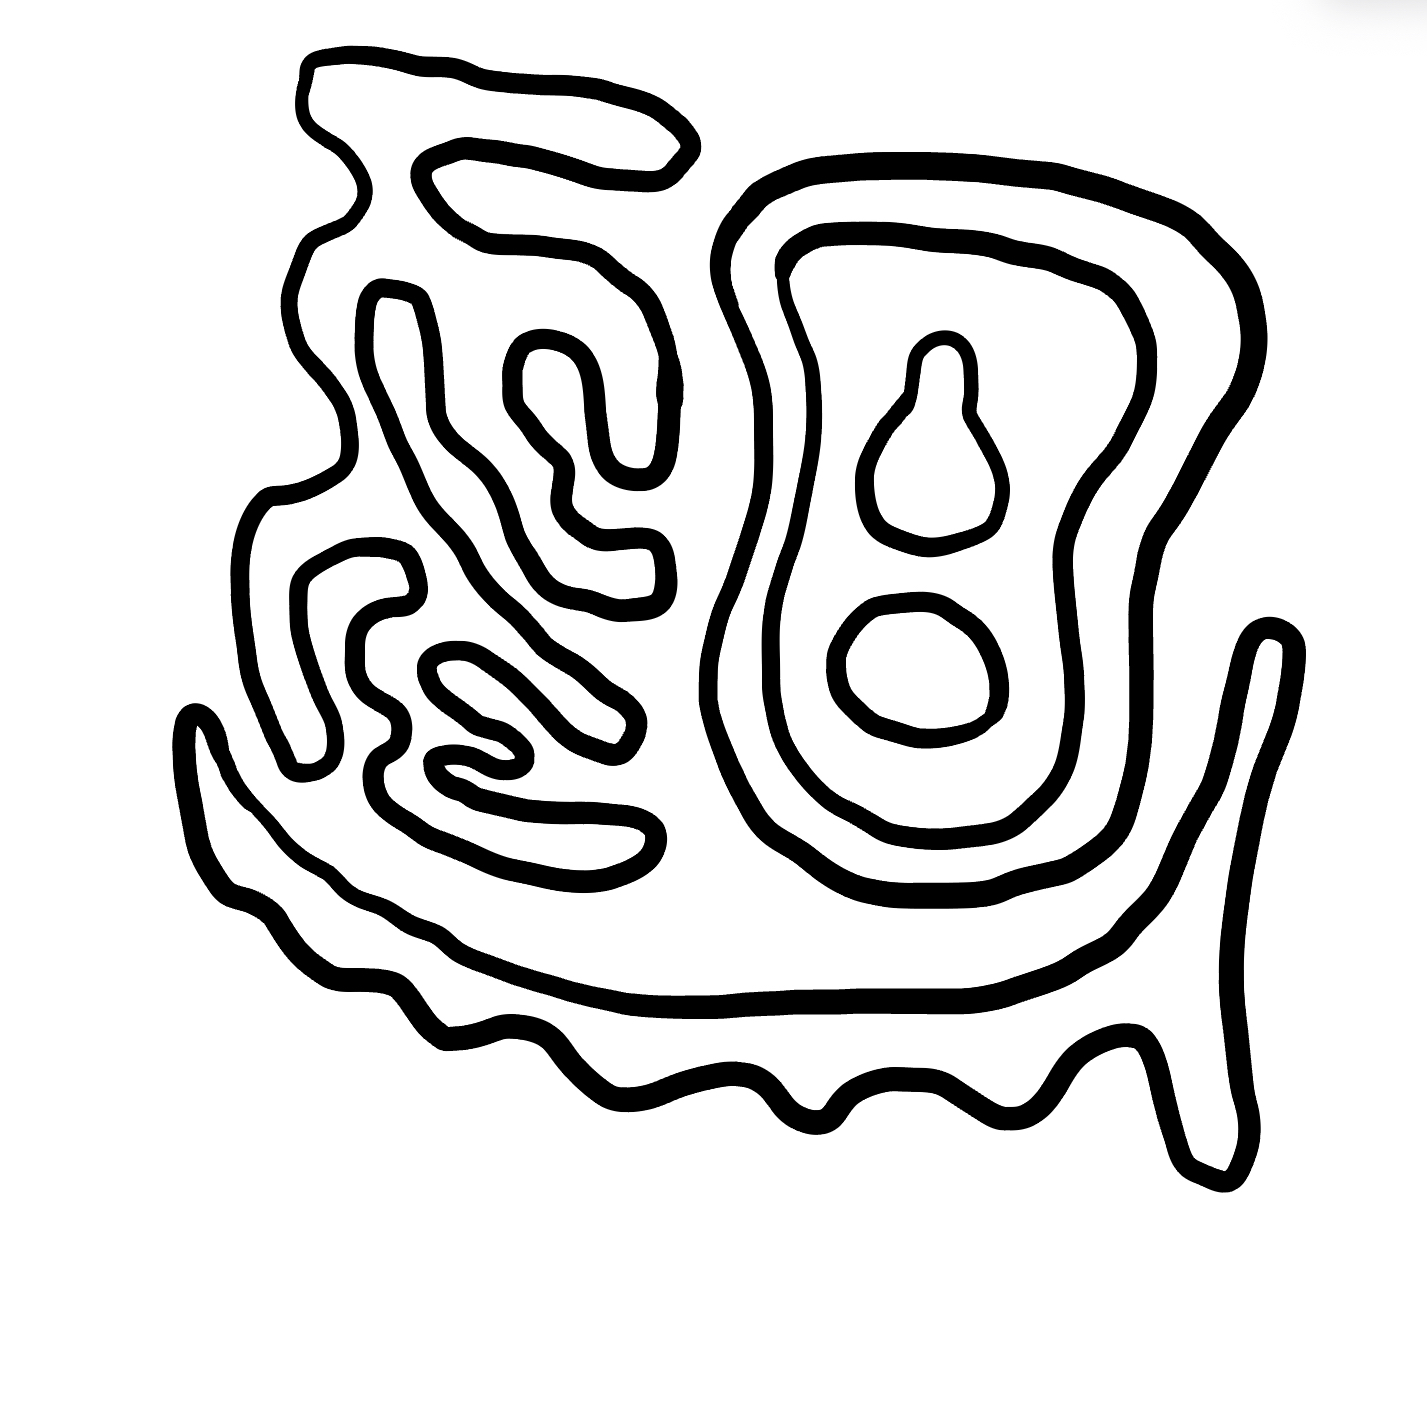
Number of regions (including the outer root region): 7
Containment tree edges (parent, child): 0, 1, 0, 2, 0, 6, 2, 3, 3, 4, 3, 5